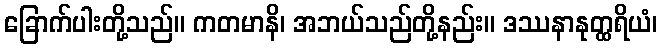
ခြောက်ပါးတို့သည်။ ကတမာနိ၊ အဘယ်သည်တို့နည်း။ ဒဿနာနုတ္ထရိယံ၊